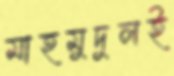
মাহমুদুলই